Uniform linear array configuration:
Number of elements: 8
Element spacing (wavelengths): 0.75
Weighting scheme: hamming
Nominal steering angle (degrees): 45
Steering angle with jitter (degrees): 44.12
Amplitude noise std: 0.05
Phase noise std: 0.05

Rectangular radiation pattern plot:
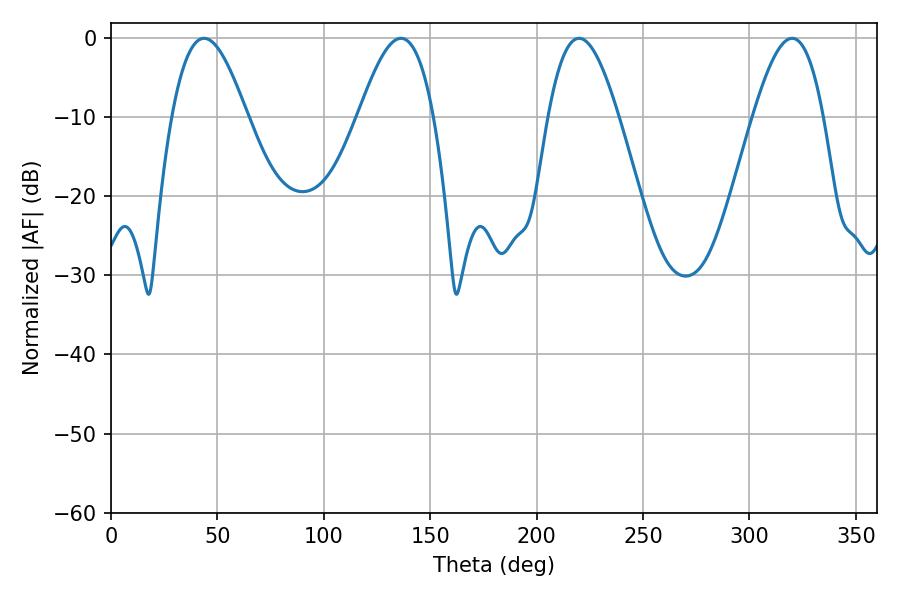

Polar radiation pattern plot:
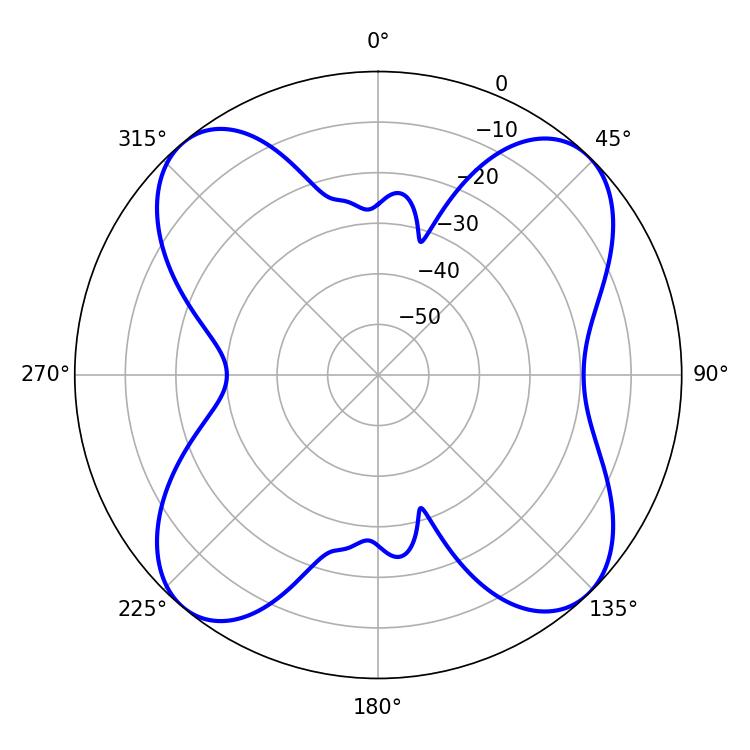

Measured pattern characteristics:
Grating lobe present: TRUE
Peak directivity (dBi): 14.113
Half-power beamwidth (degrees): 19.08
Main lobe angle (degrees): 43.74